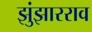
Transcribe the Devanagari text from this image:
झुंझारराव